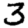
Digit: 3